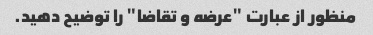
منظور از عبارت "عرضه و تقاضا" را توضیح دهید.